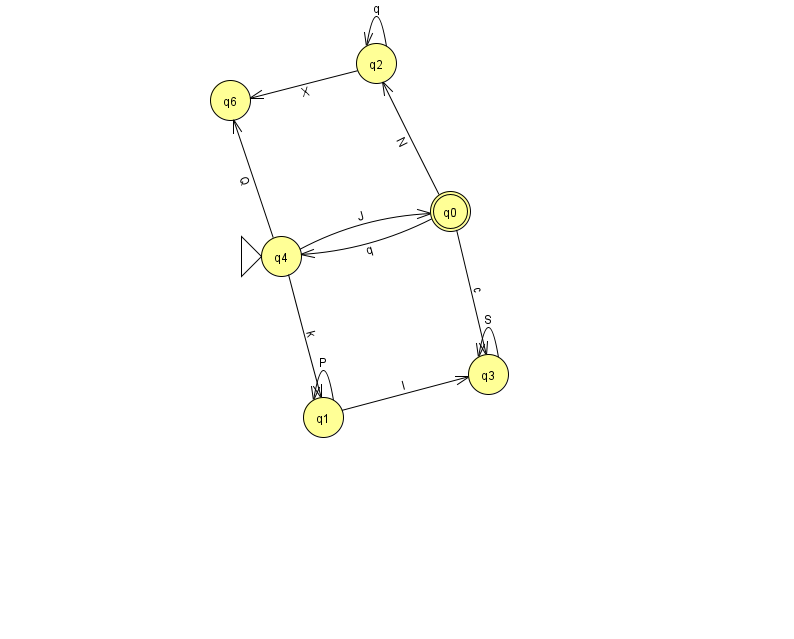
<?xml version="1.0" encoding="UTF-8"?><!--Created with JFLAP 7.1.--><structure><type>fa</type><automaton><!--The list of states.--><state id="0" name="q0"><x>450.0</x><y>198.0</y><final/></state><state id="1" name="q1"><x>323.0</x><y>404.0</y></state><state id="2" name="q2"><x>376.0</x><y>50.0</y></state><state id="3" name="q3"><x>488.0</x><y>361.0</y></state><state id="4" name="q4"><x>281.0</x><y>243.0</y><initial/></state><state id="6" name="q6"><x>230.0</x><y>87.0</y></state><!--The list of transitions.--><transition><from>1</from><to>1</to><read>P</read></transition><transition><from>0</from><to>3</to><read>c</read></transition><transition><from>0</from><to>4</to><read>q</read></transition><transition><from>2</from><to>2</to><read>q</read></transition><transition><from>0</from><to>2</to><read>N</read></transition><transition><from>2</from><to>6</to><read>X</read></transition><transition><from>3</from><to>3</to><read>S</read></transition><transition><from>4</from><to>6</to><read>Q</read></transition><transition><from>1</from><to>3</to><read>l</read></transition><transition><from>4</from><to>0</to><read>J</read></transition><transition><from>4</from><to>1</to><read>k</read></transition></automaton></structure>